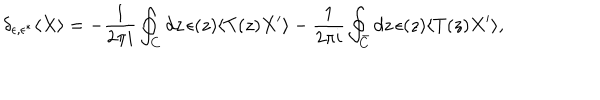
\delta _ { \epsilon , \epsilon ^ { * } } \langle X \rangle = - \frac { 1 } { 2 \pi i } \oint _ { C } d z \, \epsilon ( z ) \langle T ( z ) X ^ { \prime } \rangle - \frac { 1 } { 2 \pi i } \oint _ { \bar { C } } d z \, \epsilon ( z ) \langle T ( z ) X ^ { \prime } \rangle ,